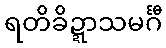
ရတိခိဍ္ဍာသမင်္ဂီ